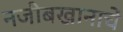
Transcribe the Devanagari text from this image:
नजीबखानाचें